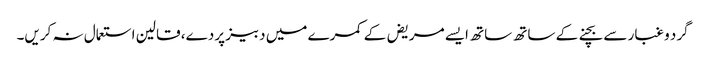
گرد و غبار سے بچنے کے ساتھ ساتھ ایسے مریض‌ کے کمرے میں دبیز پردے، قالین استعمال نہ کریں۔